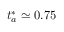
t _ { a } ^ { * } \simeq 0 . 7 5